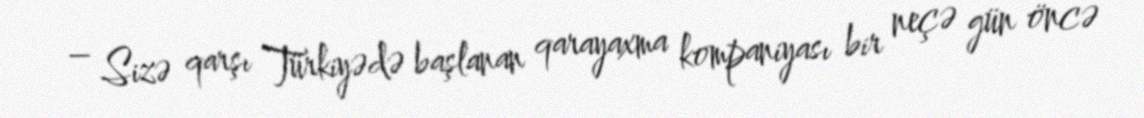
– Sizə qarşı Türkiyədə başlanan qarayaxma kompaniyası bir neçə gün öncə